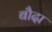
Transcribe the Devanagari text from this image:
बौदा